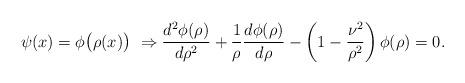
LaTeX: \begin{align*}\psi(x)=\phi\bigl(\rho(x)\bigr)\ \Rightarrow\frac{d^2\phi(\rho)}{d\rho^2}+\frac1{\rho}\frac{d\phi(\rho)}{d\rho}-\left(1-\frac{\nu^2}{\rho^2}\right)\phi(\rho)=0.\end{align*}